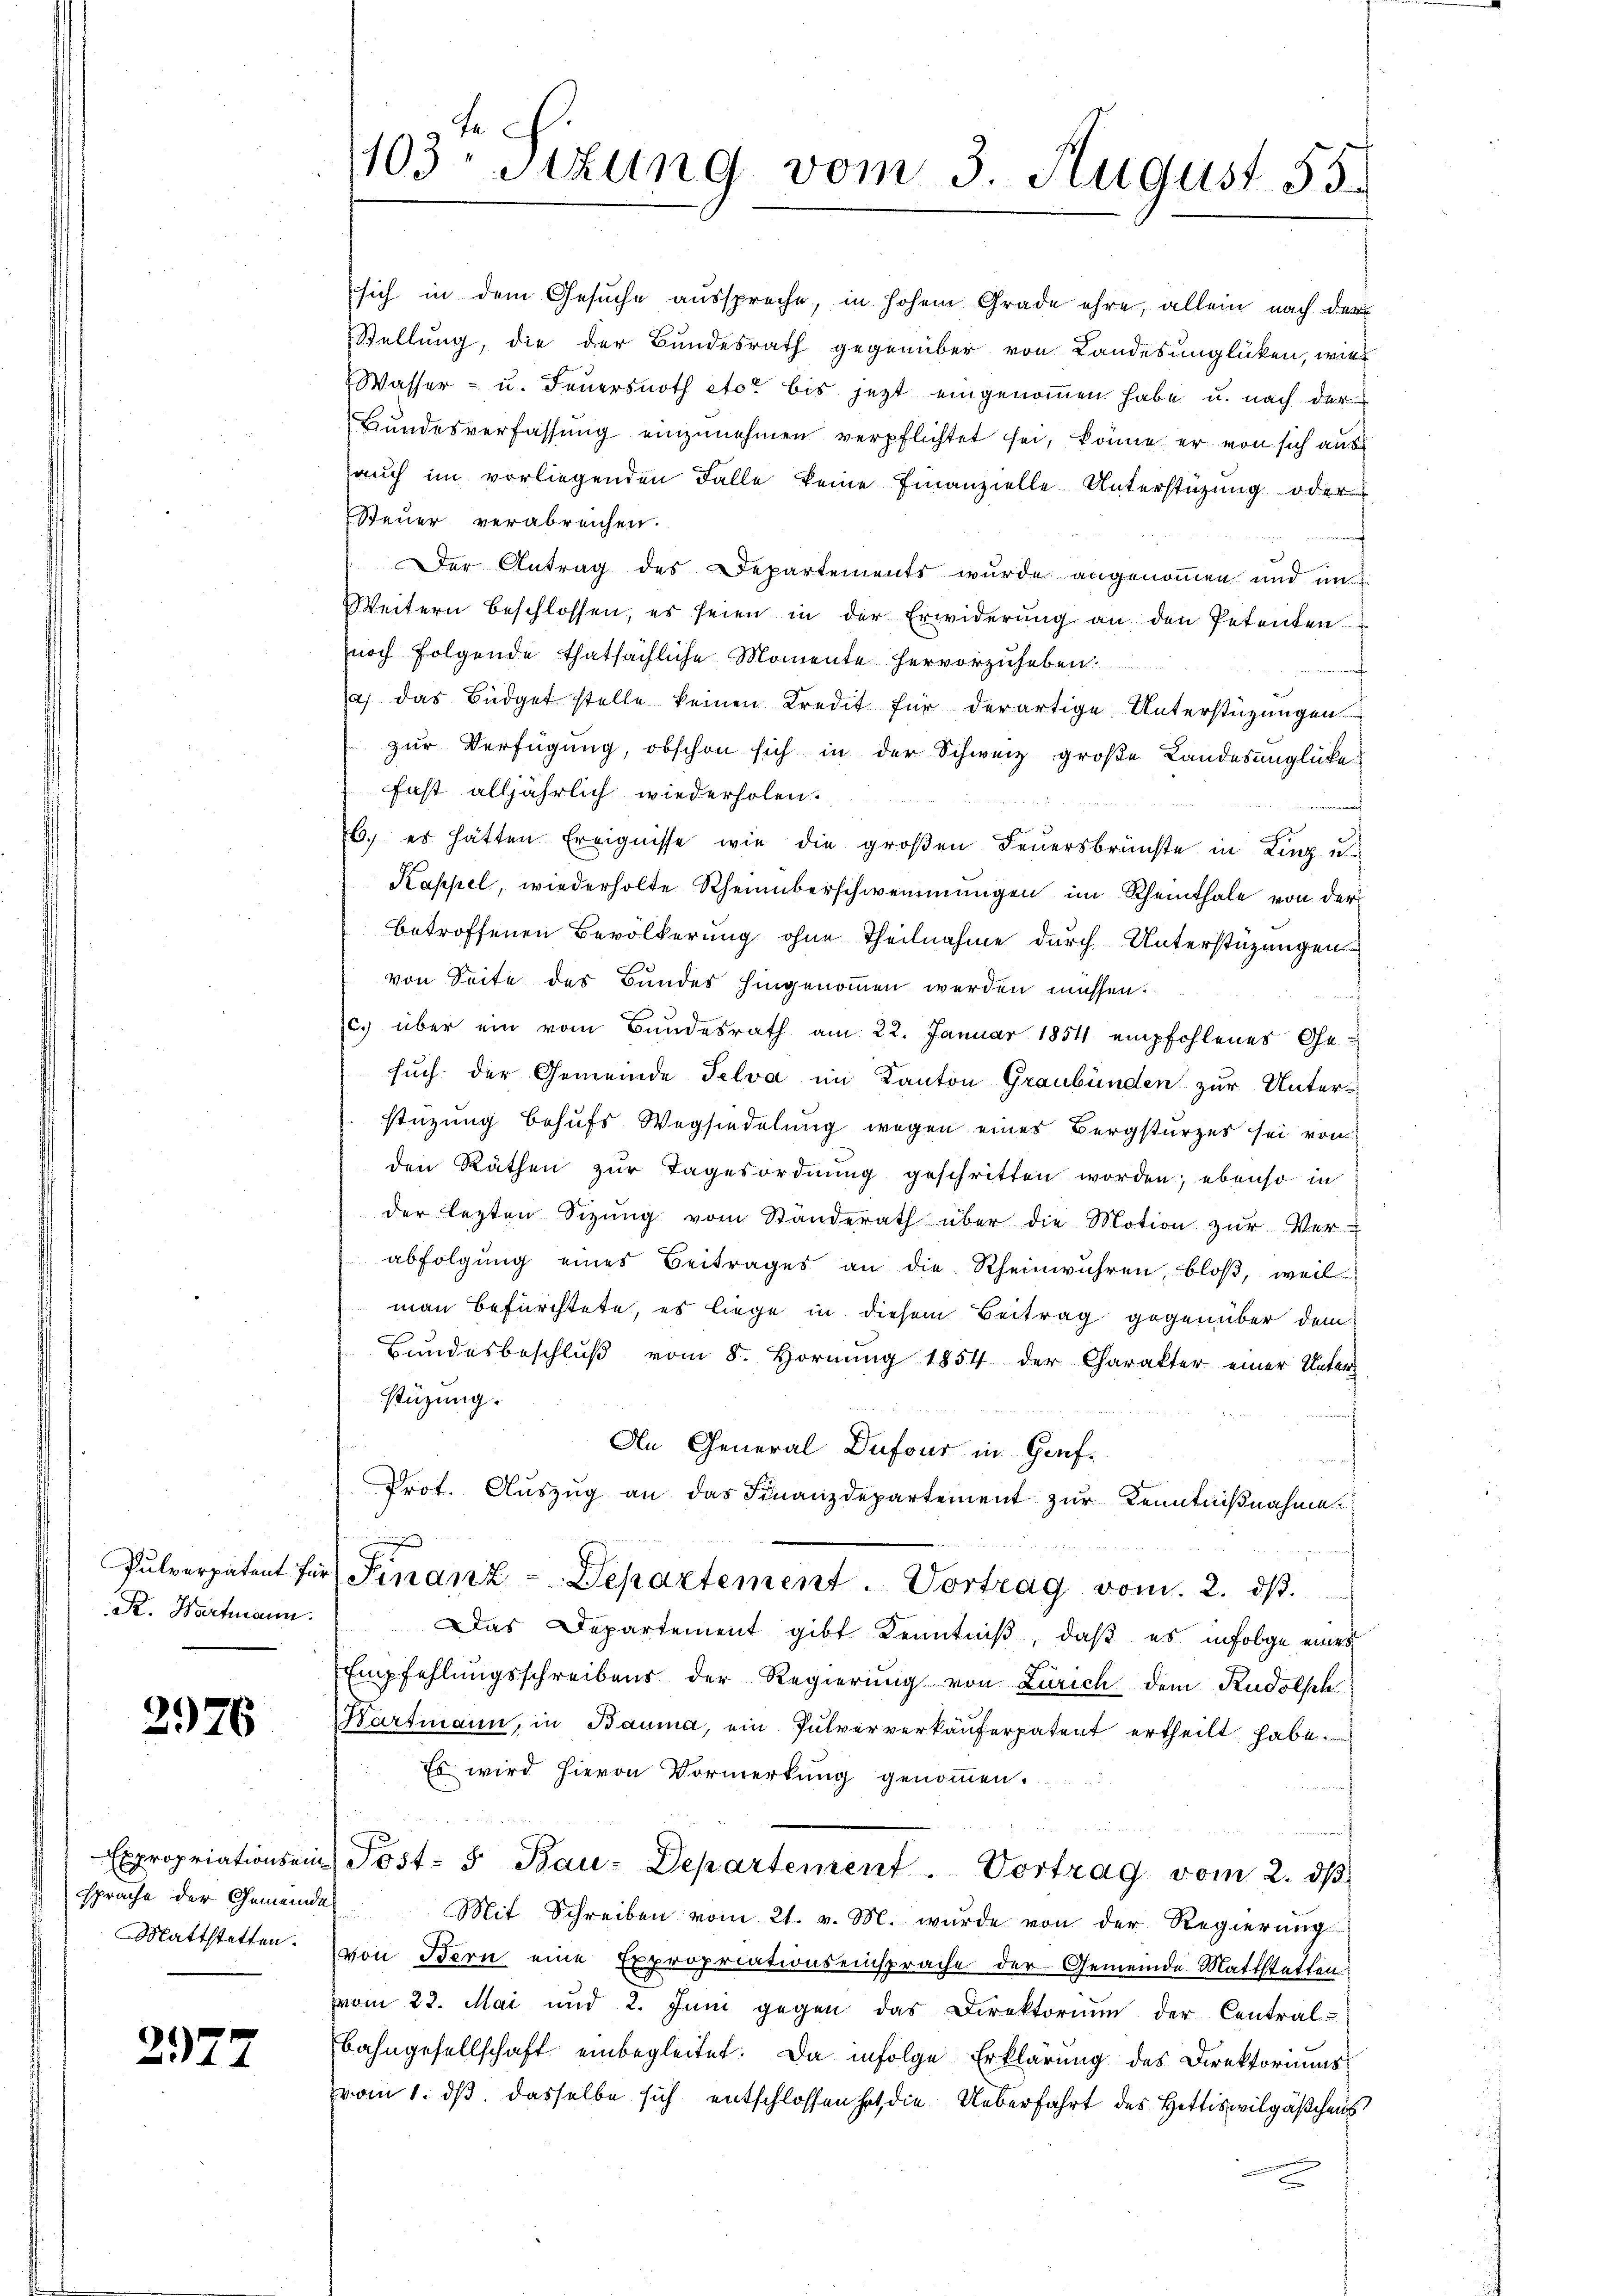
Kr. Hartmann.

2976

sprache der Gemeinde
Mattstetten.

2977

1103 sizung vom 3. August 55.

sich in dem Gesuche ausspreche, in hohem Grade ehre, allein nach der
Stellung, die der Bundesrath gegenüber von Landesunglücken, wie
Wasser- u. Feuersnoth etor bis jezt eingenommen habe u. nach der
Bŭndesverfassŭng einzŭnehmen verpflichtet sei, könne er von sich aus
auch im vorliegenden Falle keine Finanzielle. Unterstüzung oder
Steuer verabreichen.
Der Antrag des Departements wurde angenommen und im
Weitern beschlossen, es seien in der Erwiderŭng an den Petenten
noch folgende thatsächliche Momente hervorzuheben.
a) das Büdget stelle keinen Kredit für derartige Unterstüzungen
zur Verfügung, obschon sich in der Schweiz große Landesunglücke
fast alljährlich wiederholen.
6.) es hätten Ereignisse wie die großen Feuersbrünste in Linz u.
Kappel, wiederholte Rheinüberschwemmungen im Rheinthale von der
betroffenen Bevölkerung ohne Theilnahme durch Unterstüzungen
von Seite des Bundes hingenommen werden müssen.
c. über ein vom Bundesrath am 22. Januar 1854 empfohlenes Ge-
such der Gemeinde Selva im Kanton Graubünden zur Unterstüzung behufs Wegsiedelung wegen eines Bergsturzes sei von
den Räthen zŭr Tagesordnŭng geschritten worden; ebenso in
der lezten Sizung vom Standerath über die Motion zur Verabfolgung eines Beitrages an die Rheinwuhren, bloß, weil
man befürchtete, es liege in diesem Beitrag gegenüber dem
Bŭndesbeschlŭβ vom 8. Hornŭng 1854 der Charakter einer Unter-
stüzung.
An General Dufour in Gruf¬
Prot. Aŭszŭg an das Finanzdepartement zur Kenntnißnahme.
Pŭlverpatent für Finanz-Departement. Vortrag vom 2. dβ.
Das Departement gibt Kenntniß, daß es infolge eines
Empfehlungsschreibens der Regierung von Zürich dem Rudolsch
Wartmann, in Bauma, ein Pulververkäuferpatent ertheilt habe
Es wird hievon Vormerkung genommen.
Expropriationsein Post- & Bau-Departement. Vortrag vom 2. dβ.
Mit Schreiben vom 21. v. M. wurde von der Regierung
von Bern eine Expropriationseinsprache der Gemeinde Mattstetten
vom 22. Mai und 2. Juni gegen das Direktorium der Central-
Bahngesellschaft einbegleitet. Da infolge Erklärung des Direktoriums
vom 1. ds. dasselbe sich entschlossen hat, die Ueberfahrt des Hettiswilgäßchens